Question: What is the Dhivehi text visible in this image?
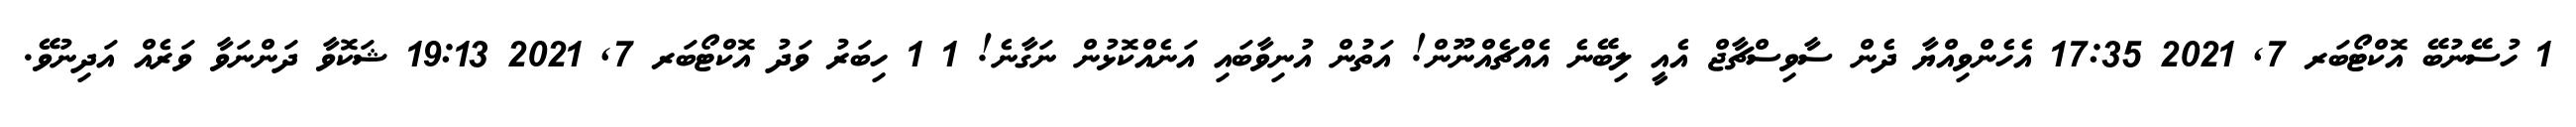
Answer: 1 ހުސޭނުބޭ އޮކްޓޯބަރ 7, 2021 17:35 އެހެންވިއްޔާ ދެން ސާވިސްޗާޖް އެއީ ލިބޭނެ އެއްޗެއްނޫން! އަތުން އުނިވާބައި އަނެއްކޮޅުން ނަގާނެ! 1 1 ހިބަރު ވަދު އޮކްޓޯބަރ 7, 2021 19:13 ޝަކޮވާ ދަންނަވާ ވަރެއް އަދިނުވޭ.